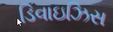
ડિવાઇઝિસ